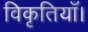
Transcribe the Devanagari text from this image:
विकृतियाँ।